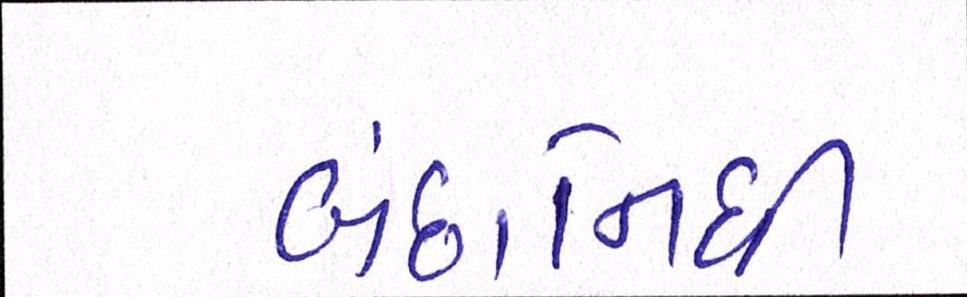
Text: બંછાનિધી